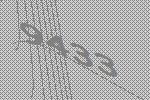
9433